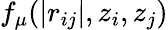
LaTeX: f_{\mu}(|r_{ij}|,z_{i},z_{j})